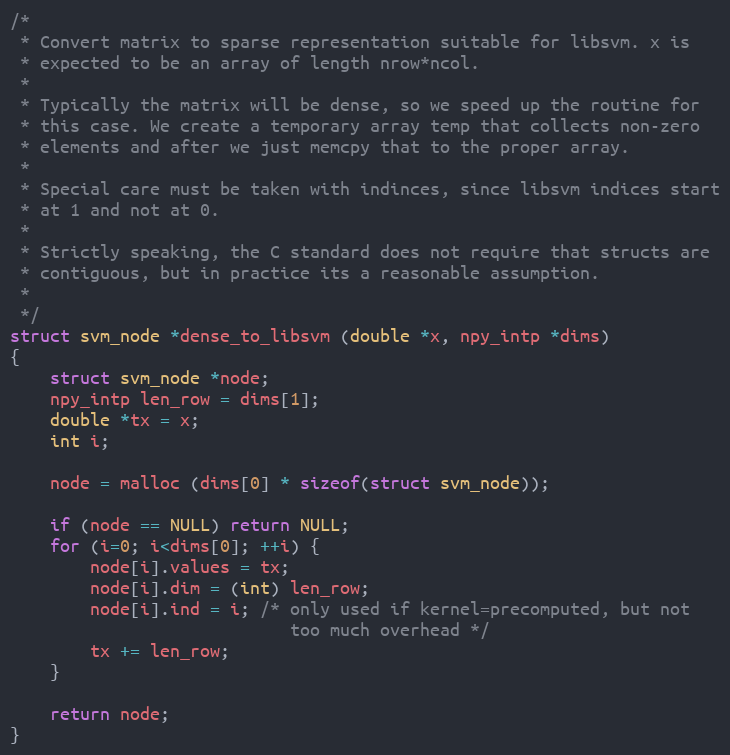
Language: C
/*
 * Convert matrix to sparse representation suitable for libsvm. x is
 * expected to be an array of length nrow*ncol.
 *
 * Typically the matrix will be dense, so we speed up the routine for
 * this case. We create a temporary array temp that collects non-zero
 * elements and after we just memcpy that to the proper array.
 *
 * Special care must be taken with indinces, since libsvm indices start
 * at 1 and not at 0.
 *
 * Strictly speaking, the C standard does not require that structs are
 * contiguous, but in practice its a reasonable assumption.
 *
 */
struct svm_node *dense_to_libsvm (double *x, npy_intp *dims)
{
    struct svm_node *node;
    npy_intp len_row = dims[1];
    double *tx = x;
    int i;

    node = malloc (dims[0] * sizeof(struct svm_node));

    if (node == NULL) return NULL;
    for (i=0; i<dims[0]; ++i) {
        node[i].values = tx;
        node[i].dim = (int) len_row;
        node[i].ind = i; /* only used if kernel=precomputed, but not
                            too much overhead */
        tx += len_row;
    }

    return node;
}